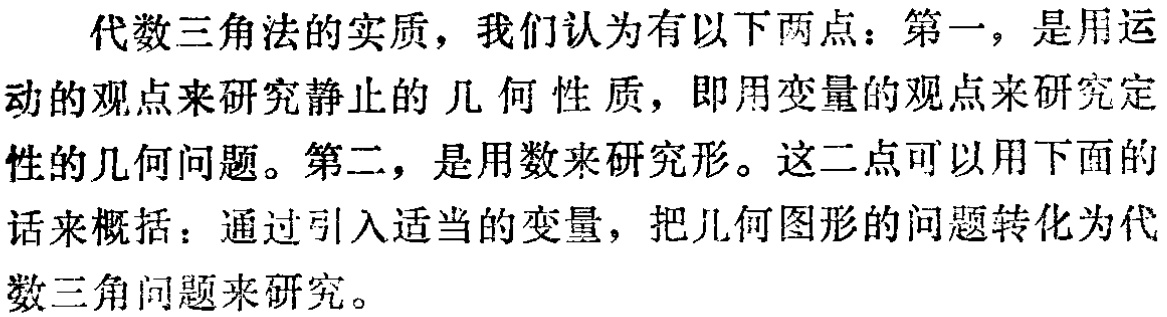
代数三角法的实质，我们认为有以下两点：第一，是用运动的观点来研究静止的几何性质，即用变量的观点来研究定性的几何问题。第二，是用数来研究形。这二点可以用下面的话来概括：通过引入适当的变量，把几何图形的问题转化为代数三角问题来研究。